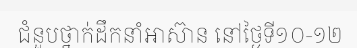
ជំនួបថ្នាក់ដឹកនាំអាស៊ាន នៅថ្ងៃទី១០-១២